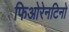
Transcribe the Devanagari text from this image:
फिओरेनटिनो